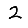
Digit: 2